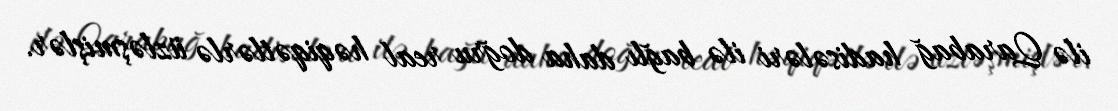
ilə Qarabağ hadisələri ilə bağlı daha doğru real həqiqətlərlə üzləşmişlər.